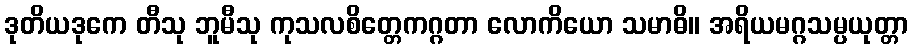
ဒုတိယဒုကေ တီသု ဘူမီသု ကုသလစိတ္တေကဂ္ဂတာ လောကိယော သမာဓိ။ အရိယမဂ္ဂသမ္ပယုတ္တာ